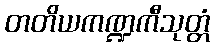
တတိယကဏ္ဍကီသုတ္တံ